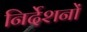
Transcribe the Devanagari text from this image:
निर्देशनों